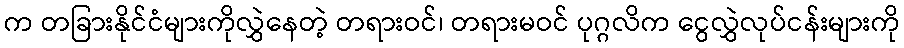
က တခြားနိုင်ငံများကိုလွှဲနေတဲ့ တရားဝင်၊ တရားမဝင် ပုဂ္ဂလိက ငွေလွှဲလုပ်ငန်းများကို